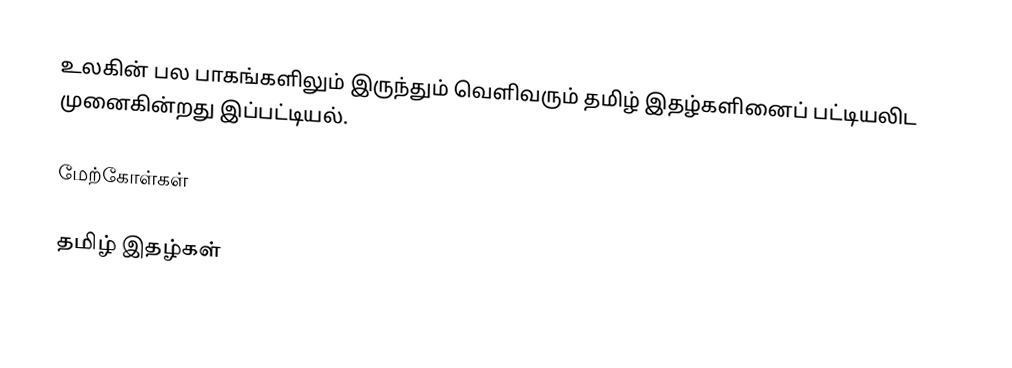
உலகின் பல பாகங்களிலும் இருந்தும் வெளிவரும் தமிழ் இதழ்களினைப் பட்டியலிட முனைகின்றது இப்பட்டியல்.

மேற்கோள்கள்

தமிழ் இதழ்கள்